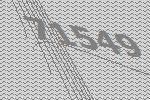
71549